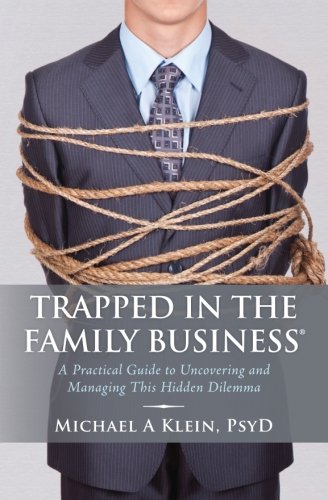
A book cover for Trapped in the Family Business: A Practical Guide to Uncovering and Managing This Hidden Dilemma; Michael A Klein PsyD; Health, Fitness & Dieting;